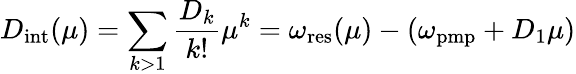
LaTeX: D_{\mathrm{int}}(\mu)=\sum_{k>1}\frac{D_{k}}{k!}\mu^{k}=\omega_{\mathrm{res}}(\mu)-(\omega_{\mathrm{pmp}}+D_{1}\mu)